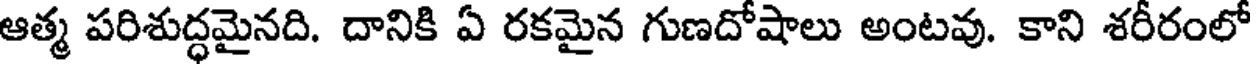
ఆత్మ పరిశుద్ధమైనది. దానికి ఏ రకమైన గుణదోషాలు అంటవు. కాని శరీరంలో